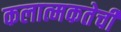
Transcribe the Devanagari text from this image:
कलात्मकतेची